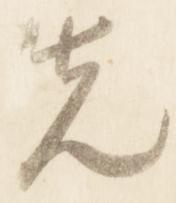
先